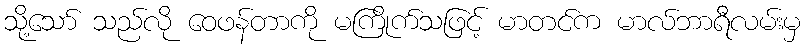
သို့သော် သည်လို ဝေဖန်တာကို မကြိုက်သဖြင့် မာတင်က မာလ်ဘာရီလမ်းမှ